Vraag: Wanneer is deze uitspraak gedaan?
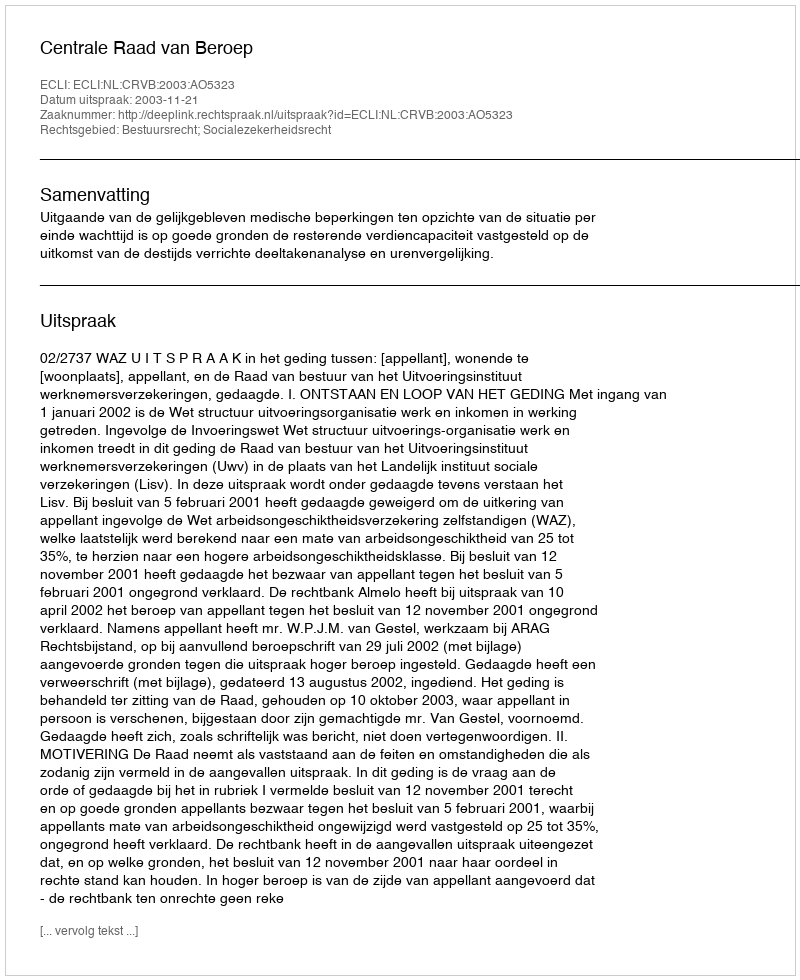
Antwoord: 2003-11-21